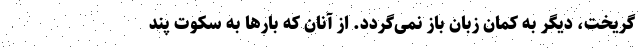
گریخت، دیگر به کمان زبان باز نمی‌گردد. از آنان که بارها به سکوت پند